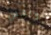
ونفس